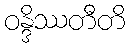
ဝန္ဒိဿတီတိ